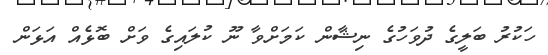
ހަކުރު ބަލީގެ ދުވަހުގެ ނިޝާން ކަމަށްވާ ނޫ ކުލައިގެ ވަށް ބޮޅެއް އަޅަން